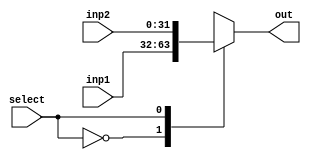
module MUX_2_to_1
(
    select,
    inp1,
    inp2,
    out
);

    parameter                    WORD_WIDTH = 32;
    input                        select;
    input      [WORD_WIDTH-1:0]            inp1, inp2;
    output reg [WORD_WIDTH-1:0]            out;

    always @(select, inp1, inp2) begin
        out = 0;

        case(select)
            1'd0: out = inp1;
            1'd1: out = inp2;
            default: out = 0;
        endcase
        
    end

endmodule